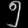
Digit: ၅